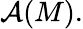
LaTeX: {\mathcal{A}}(M).